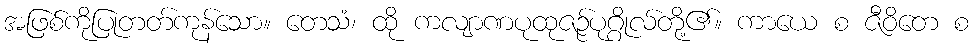
အဖြစ်ကိုပြုတတ်ကုန်သော။ တေသံ၊ ထို ကလျာဏပုထုဇဉ်ပုဂ္ဂိုလ်တို့၏။ ကာယေ စ ဇီဝိတေ စ